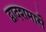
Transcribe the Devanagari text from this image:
द्वादशमासै